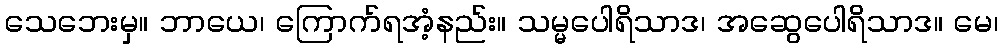
သေဘေးမှ။ ဘာယေ၊ ကြောက်ရအံ့နည်း။ သမ္မပေါရိသာဒ၊ အဆွေပေါရိသာဒ။ မေ၊